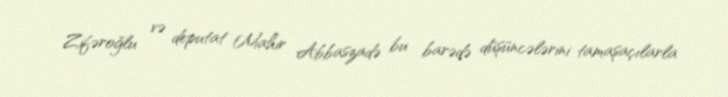
Zifəroğlu və deputat Mahir Abbaszadə bu barədə düşüncələrini tamaşaçılarla